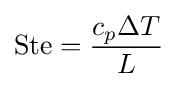
\mathrm {Ste} ={\frac {c_{p}\Delta T}{L}}